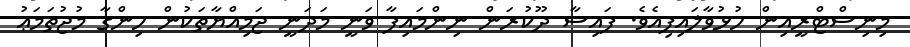
މިނިސްޓްރީއިން ހުޅުވާލައިފިއެވެ. ފައިސާ ދޫކުރަން ނިންމައިފާ ވަނީ މަދަނީ ޖަމިއްޔާތަކުން ހިންގާ މުޖުތަމަޢު